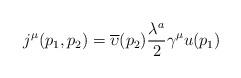
LaTeX: \begin{align*}j^\mu (p_1,p_2)=\overline{\upsilon }(p_2)\frac{\lambda ^a}2\gamma ^\mu u(p_1)\end{align*}